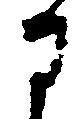
部